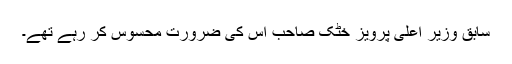
سابق وزیر اعلیٰ پرویز خٹک صاحب اس کی ضرورت محسوس کر رہے تھے۔